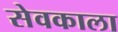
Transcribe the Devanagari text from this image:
सेवकाला